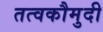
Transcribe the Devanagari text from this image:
तत्‍वकौमुदी